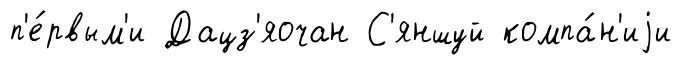
п'е́рвым'и Дацз'яочан С'яншуй компа́н'иjи